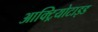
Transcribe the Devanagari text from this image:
आक्ट्रियोटाइड